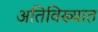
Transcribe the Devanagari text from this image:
अतिविख्यात